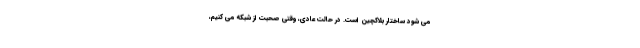
می شود ساختار بلاکچین است. در حالت عادی، وقتی صحبت از شبکه می کنیم،